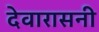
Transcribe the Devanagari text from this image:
देवारासनी